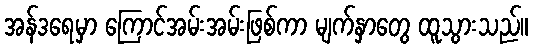
အန်ဒရေမှာ ကြောင်အမ်းအမ်းဖြစ်ကာ မျက်နှာတွေ ထူသွားသည်။